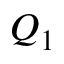
Q _ { 1 }